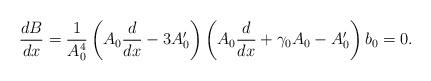
LaTeX: \begin{align*}\frac{dB}{dx}=\frac{1}{A_0^4}\left(A_0\frac{d}{dx}-3A'_0\right)\left(A_0\frac{d}{dx}+\gamma _0A_0-A'_0\right)b_0=0.\end{align*}